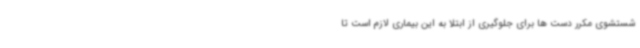
شستشوی مکرر دست ها برای جلوگیری از ابتلا به این بیماری لازم است تا